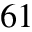
^ { 6 1 }